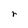
Character: r